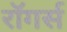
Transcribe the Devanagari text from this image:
रॉगर्स